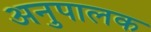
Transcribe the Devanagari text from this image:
अनुपालक